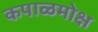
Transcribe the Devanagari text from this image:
कपाळमोक्ष